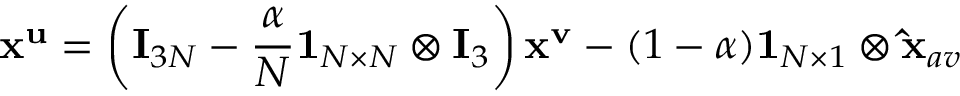
\mathbf { x } ^ { \mathbf { u } } = \left( \mathbf { I } _ { 3 N } - \frac { \alpha } { N } \mathbf { 1 } _ { N \times N } \otimes \mathbf { I } _ { 3 } \right) \mathbf { x } ^ { \mathbf { v } } - ( 1 - \alpha ) \mathbf { 1 } _ { N \times 1 } \otimes \mathbf { \hat { x } } _ { a v }